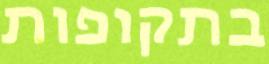
בתקופות